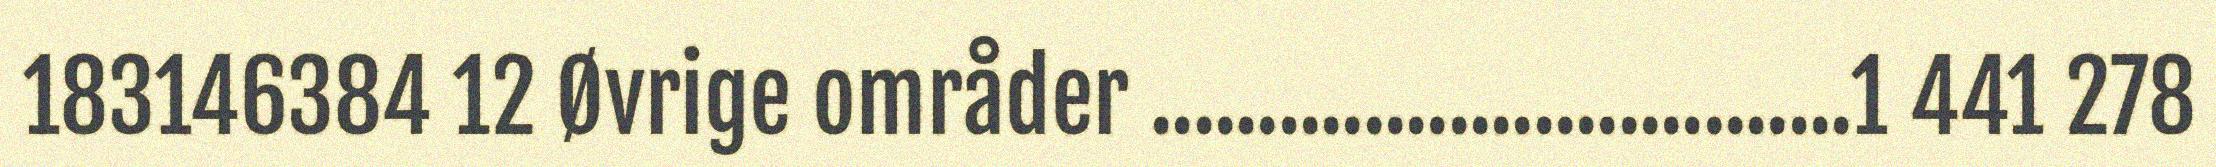
183146384 12 Øvrige områder .................................1 441 278